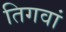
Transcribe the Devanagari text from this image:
तिगवां